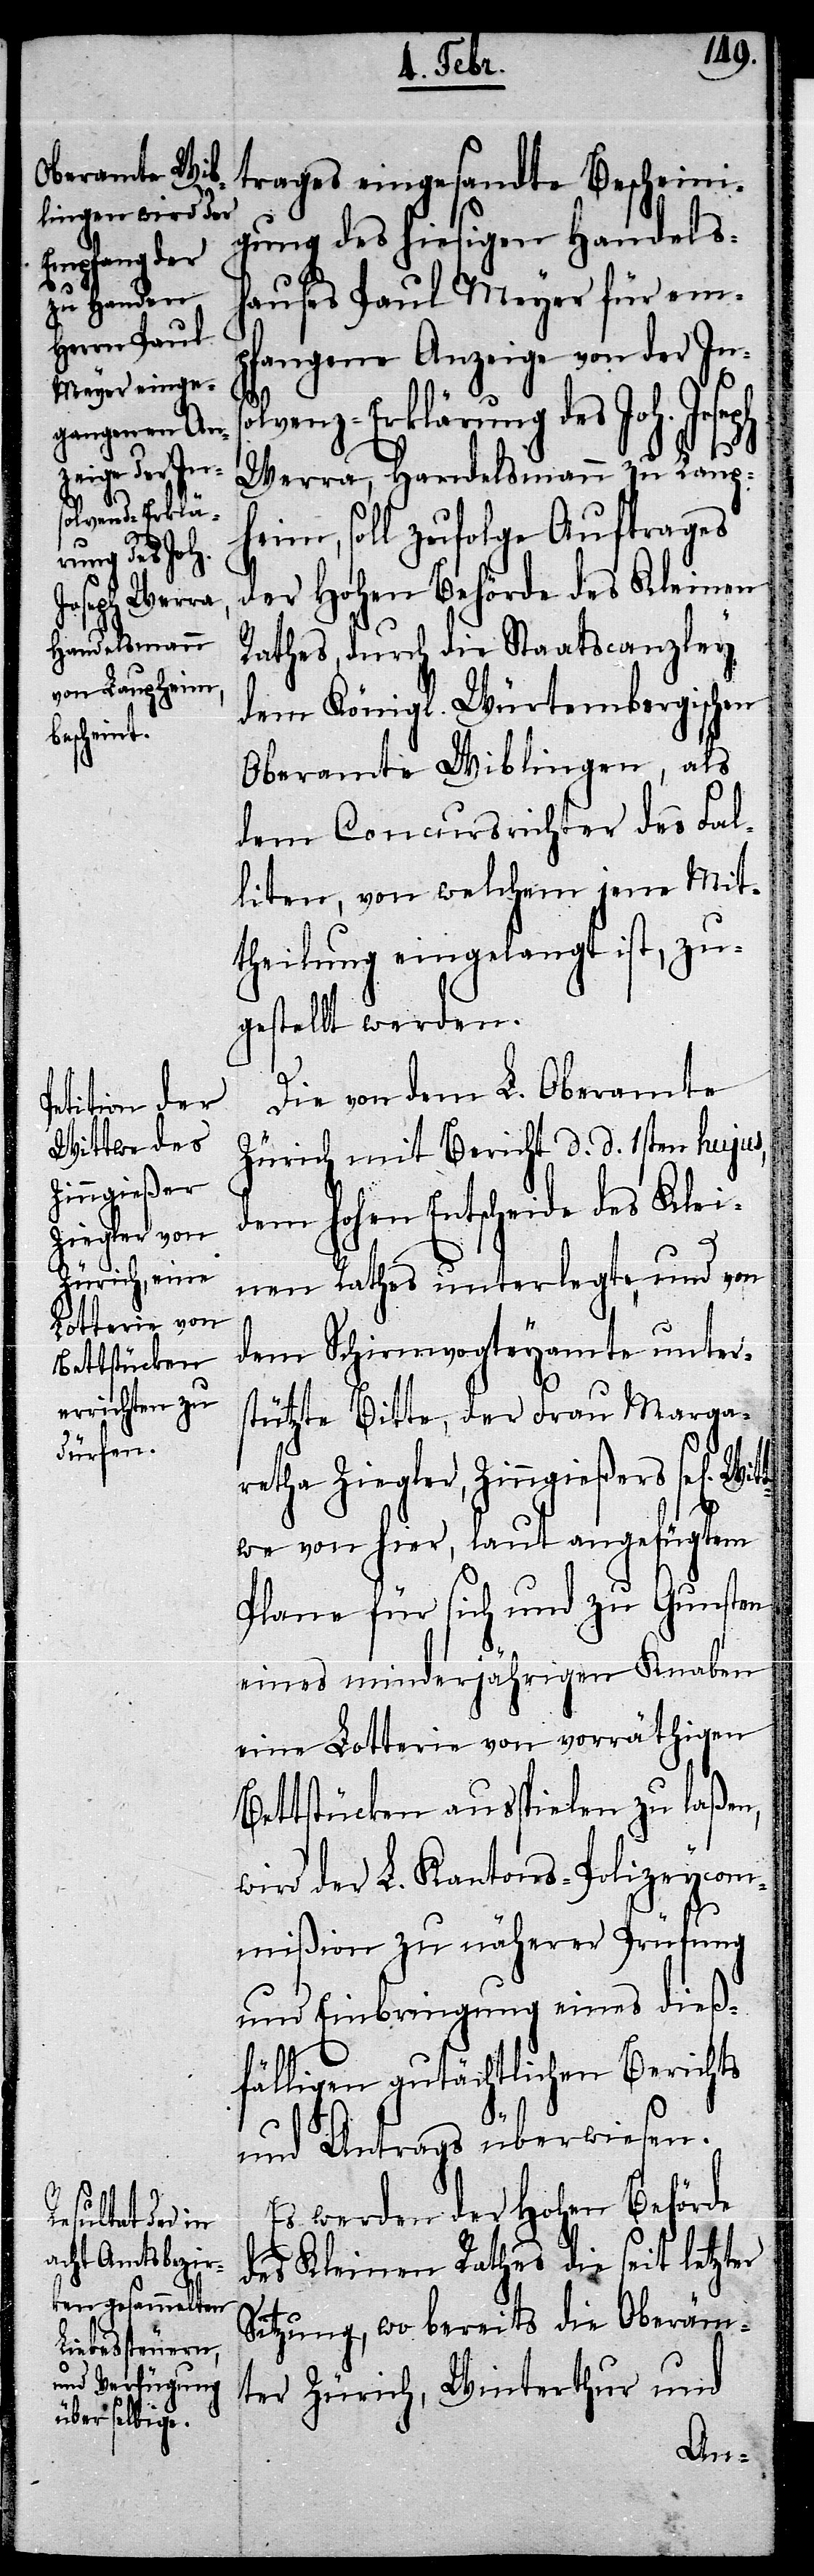
solvenz-Erklä¬
rung des Joh.
Witt¬

trages eingesandte Bescheini¬
gung des hiesigen Handels¬
hauses Paul Meyer für em¬
pfangene Anzeige von der In¬
Werra, Handelsmann zu Laup¬
heim, soll zufolge Auftrages
der Hohen Behörde des Kleinen
Rathes, durch die Staatscanzley
dem Königl. Würtembergischen
Oberamte Wiblingen, als
dem Concursrichter des Fal¬
liten, von welchem jene Mit¬
theilung eingelangt ist, zu¬
gestellt werden.
Die von dem L. Oberamte
Zürich mit Bericht d. d. 1sten hujus,
dem hohen Entscheide des Klei¬
nen Rathes unterlegte und von
dem Schirmvogteyamte unter¬
stützte Bitte, der Frau Marga¬
retha Ziegler, Zinngießers sel[ige]
we von hier, laut angefügtem
Plane für sich und zu Gunsten
eines minderjährigen Knaben
eine Lotterie von vorräthigen
Bettstücken ausspielen zu laßen,
wird der L. Kantons-Polizeycom¬
mißion zu näherer Prüfung
und Einbringung eines dieß¬
fälligen gutächtlichen Berichts
und Antrags überwiesen.
Es werden der Hohen Behörde
des Kleinen Rathes die seit letzter
Sitzung, wo bereits die Oberäm¬
ter Zürich, Winterthur und